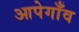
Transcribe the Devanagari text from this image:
आपेगाँव